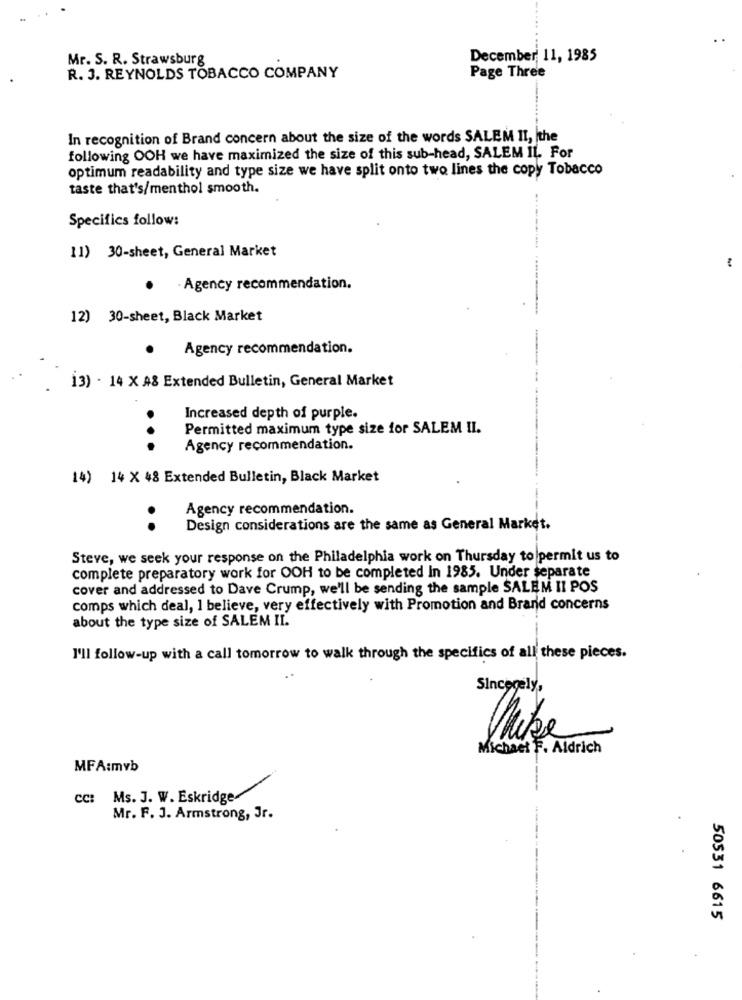
Mr. S. R. Strawsburg
December 11, 1985
Page Three
R. J. REYNOLDS TOBACCO COMPANY
In recognition of Brand concern about the size of the words SALEM II, the
following OOH we have maximized the size of this sub-head, SALEM IL. For
optimum readability and type size we have split onto two lines the copy Tobacco
taste that's/menthol smooth.
Specifics follow:
11) 30-sheet, General Market
- Agency recommendation.
12) 30-sheet, Black Market
Agency recommendation.
13) - 14 X A8 Extended Bulletin, General Market
Increased depth of purple.
Permitted maximum type size for SALEM II.
...
Agency recommendation.
14) 14 X 48 Extended Bulletin, Black Market
Agency recommendation.
..
Design considerations are the same as General Market.
Steve, we seek your response on the Philadelphia work on Thursday to permit us to
complete preparatory work for OOH to be completed In 1985. Under separate
cover and addressed to Dave Crump, we'll be sending the sample SALEM II POS
comps which deal, I believe, very effectively with Promotion and Brand concerns
about the type size of SALEM II.
I'll follow-up with a call tomorrow to walk through the specifics of all these pieces.
Sincegely,
Mike
Michael F. Aldrich
MFA:mvb
cc: Ms. J. W. Eskridge
Mr. F. J. Armstrong, Jr.
50531 6615